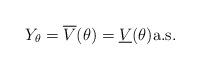
LaTeX: \begin{align*}Y_{\theta} = \overline{V}(\theta)=\underline{V}(\theta) \mbox{a.s.}\end{align*}